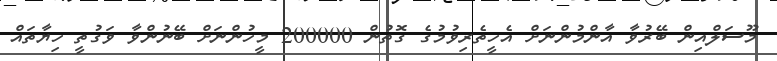
މޫސަލްއިން ބޭރުވާ އާންމުންނަށް އެހީތެރިވުމުގެ ގޮތުން 200000 މީހުންނަށް ބޭނުންވާ ވަގުތީ ހިޔާތައް